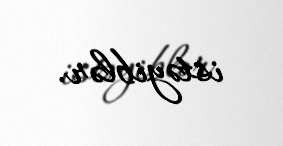
istəyiblər.